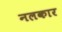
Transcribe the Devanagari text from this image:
नलकार